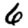
Digit: 6